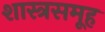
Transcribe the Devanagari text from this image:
शास्त्रसमूह